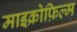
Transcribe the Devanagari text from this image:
माइक्रोफ़िल्म